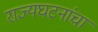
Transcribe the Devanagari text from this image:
राज्यघटनांचा